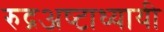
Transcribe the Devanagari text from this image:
रुद्रअष्‍टाध्‍यायी